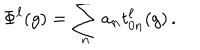
LaTeX: \Phi ^ { \ell } ( g ) = \sum _ { n } a _ { n } t _ { 0 n } ^ { \ell } ( g ) \, .